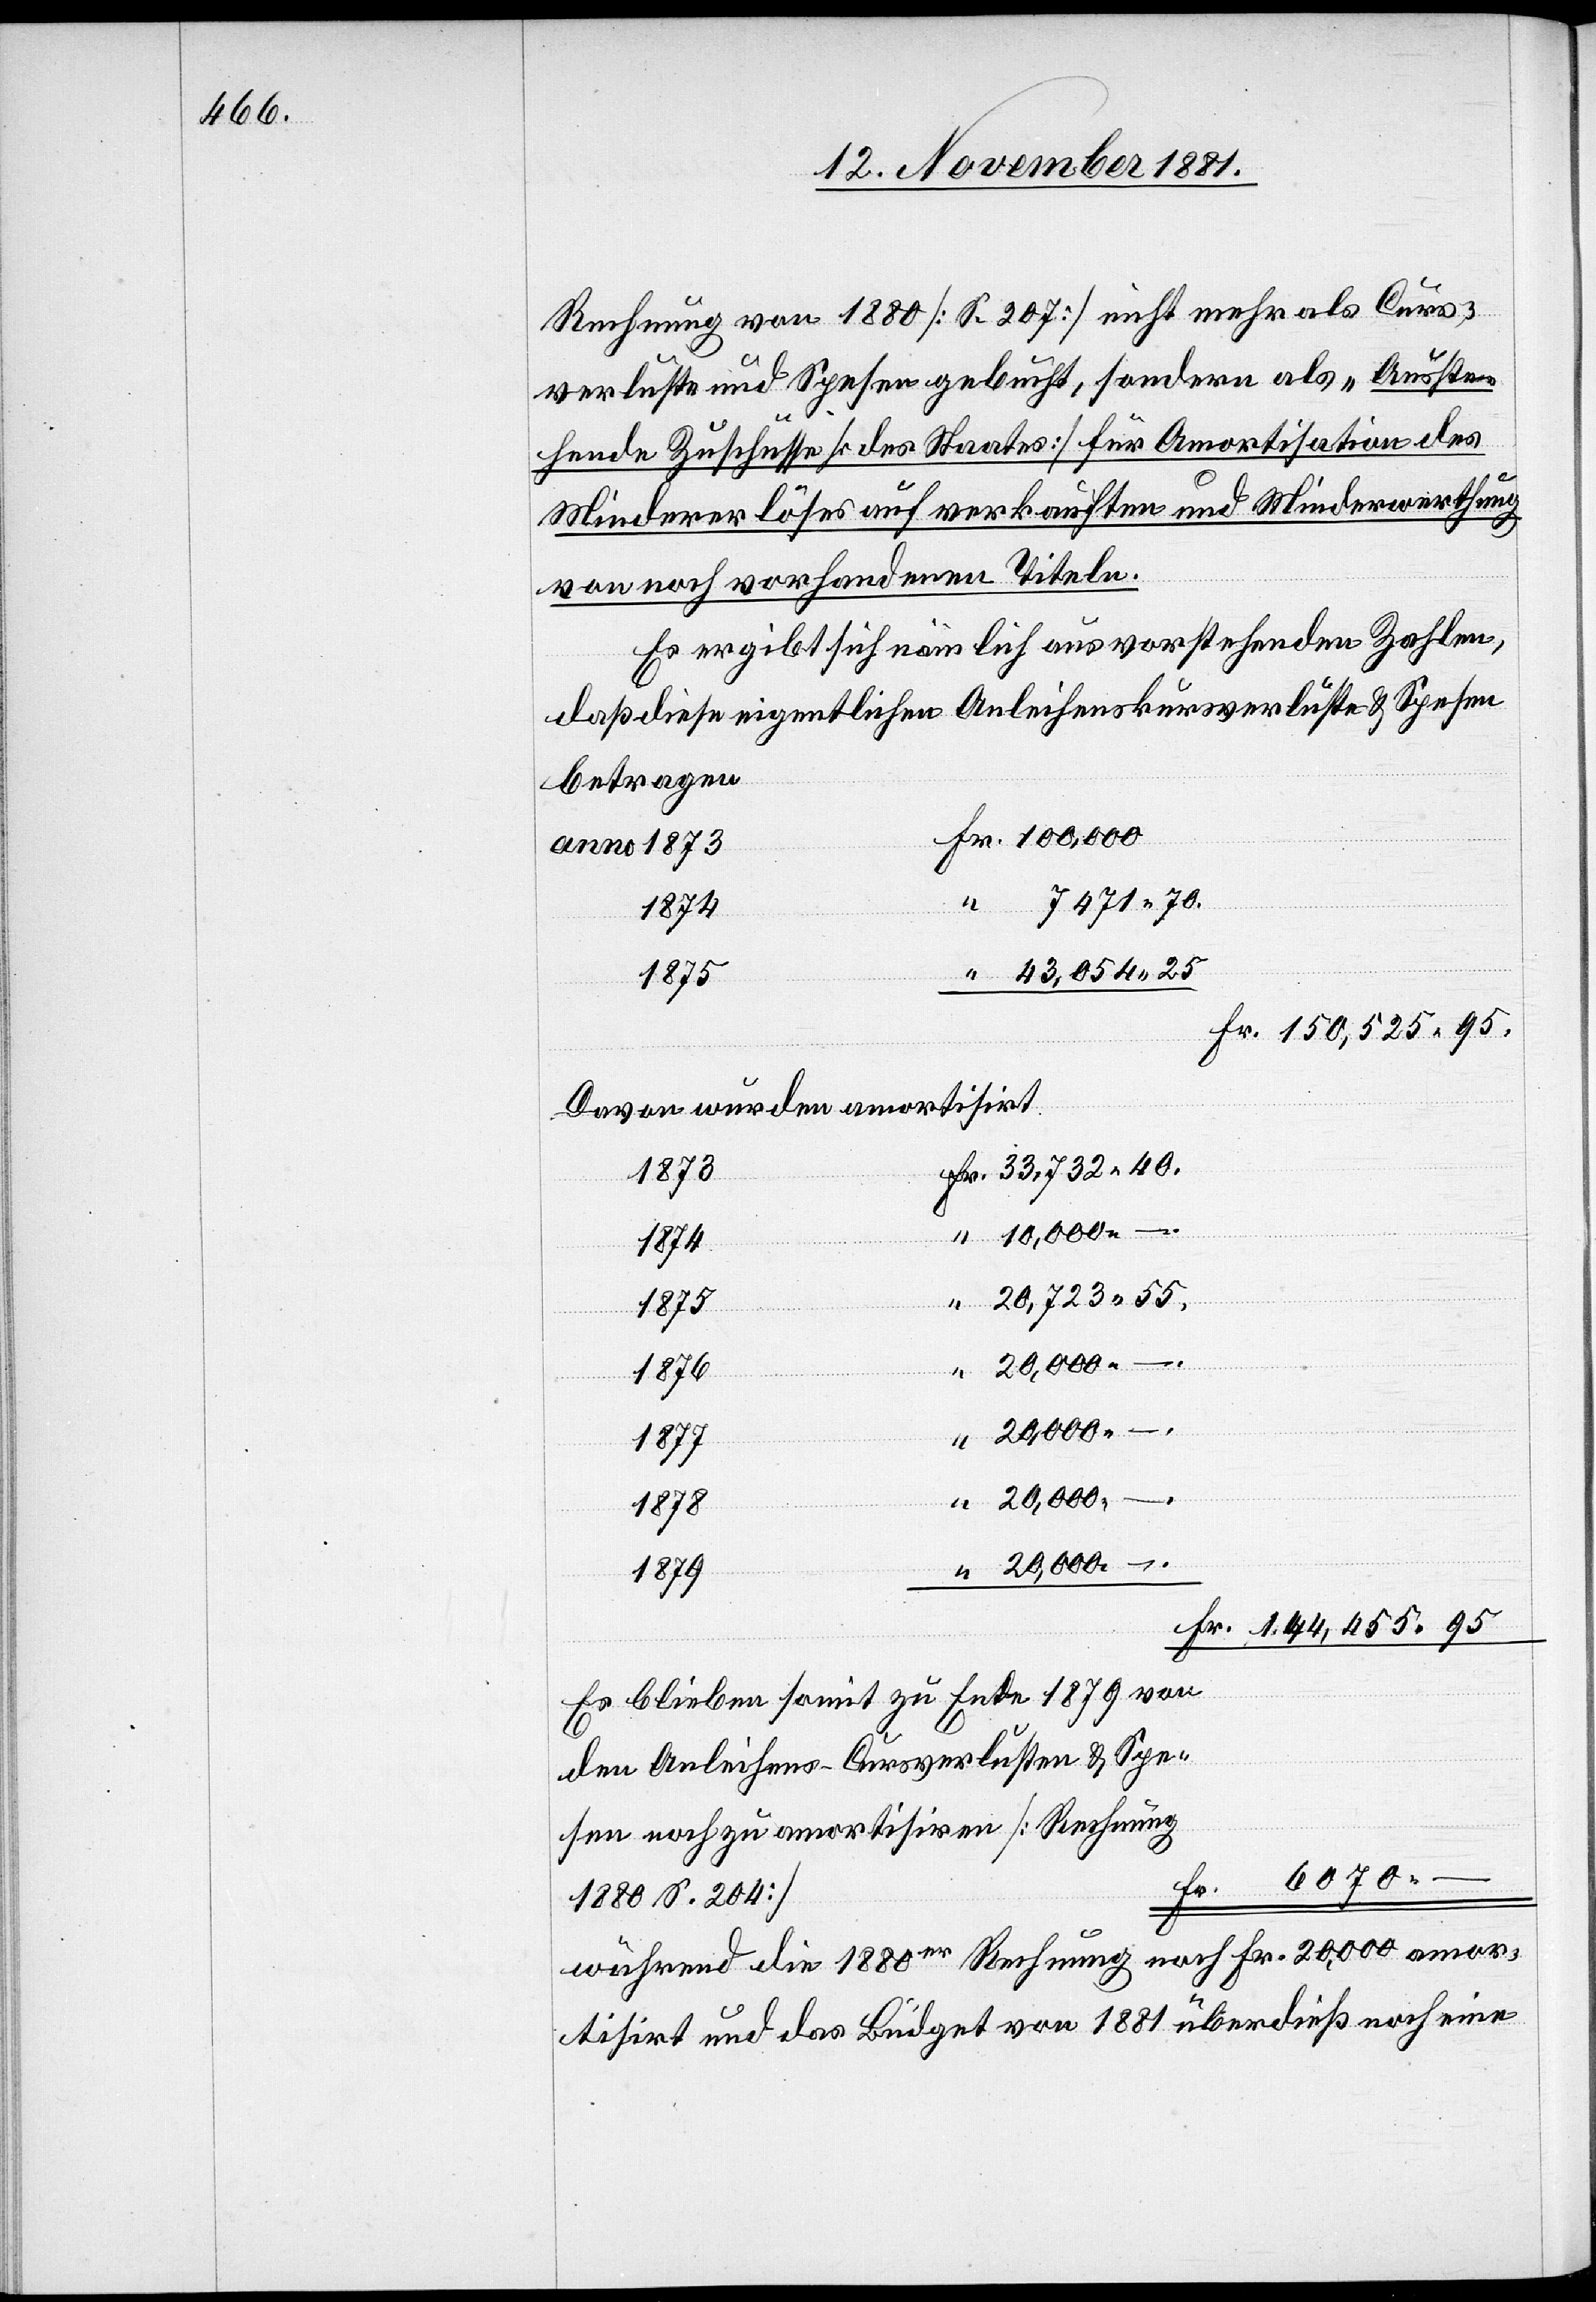
Rechnung von 1880 [S. 207] nicht mehr als Curs¬
verluste und Spesen gebucht, sondern als „Ausste¬
S.
hende Zuschüsse [des Staates] für Amortisation des
Mindererlöses auf verkauften und Minderwerthung
sen
von noch vorhandenen Titeln.
Es ergibt sich nämlich aus vorherstehenden Zahlen,
daß diese eigentlichen Anleihenskursverluste & Spesen
betragen
“ 7471 70.
“ 43,054 25
Fr. 150,525 95.
davon wurden amortisirt
“ 10,000 –
“ 20,723 55.
.
20,000 –
.
1880
Fr. 144,455 95
Es bleiben somit zu Ende 1879 von
den Anleihens-Cursverlusten & Spe¬
noch zu amortisiren [Rechnung
6070
während die 1880er Rechnung noch Fr. 20,000 amor¬
tisirt und das Büdget von 1881 überdieß noch eine